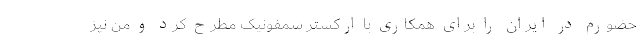
حضورم در ایران را برای همکاری با ارکستر سمفونیک مطرح کرد و من نیز